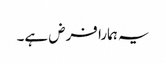
یہ ہمارا فرض ہے۔